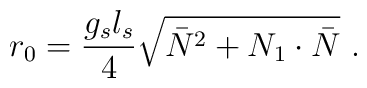
r_0 = \frac{g_s l_s}{4} \sqrt{\bar{N}^2 + N_1\cdot\bar{N}}~.